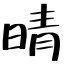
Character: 晴